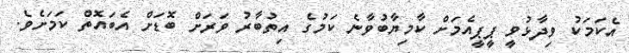
އެކަމަކު ވިދާޅުވީ ޕީޕީއެމަށް ކާމިޔާބުވާނެ ކަމުގެ އިތުބާރު ވަރަށް ބޮޑަށް އެބައޮތް ކަމަށެވެ.